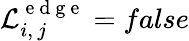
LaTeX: \mathcal{L}_{i,\, j}^{\mathrm{~e~d~g~e~}}=false